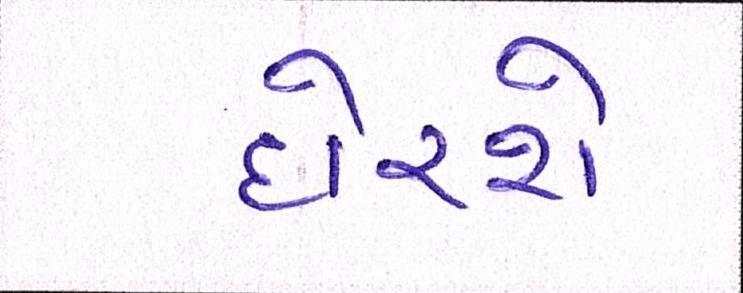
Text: દોરશે